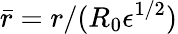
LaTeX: \bar{r}=r/(R_{0}{\epsilon}^{1/2})